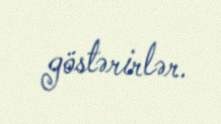
göstərirlər.